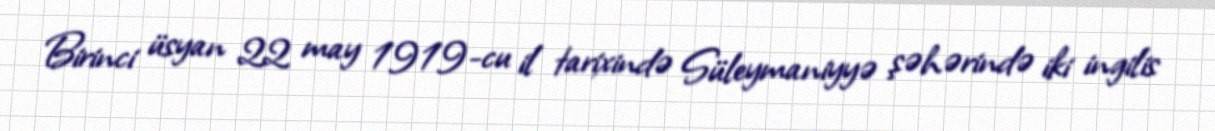
Birinci üsyan 22 may 1919-cu il tarixində Süleymaniyyə şəhərində iki ingilis